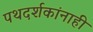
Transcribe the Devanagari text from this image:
पथदर्शकांनाही